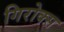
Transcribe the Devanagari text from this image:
गिरोक्स